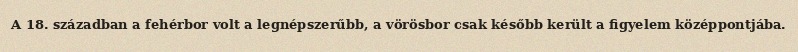
A 18. században a fehérbor volt a legnépszerűbb, a vörösbor csak később került a figyelem középpontjába.